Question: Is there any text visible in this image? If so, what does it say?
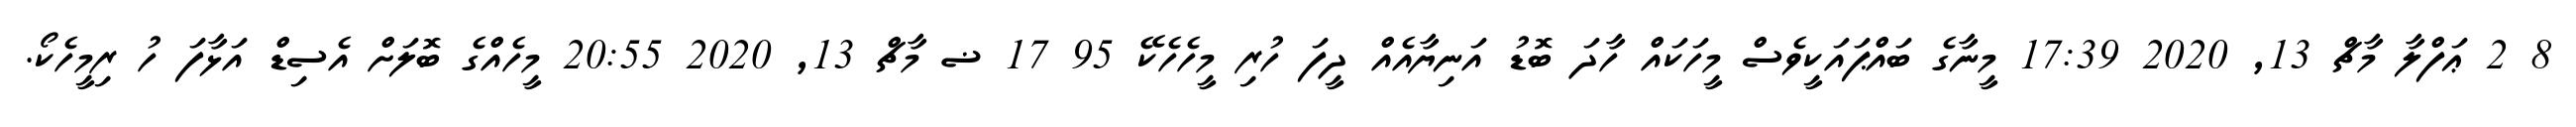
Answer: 8 2 ޢަފްލާ މާޗް 13, 2020 17:39 މީނާގެ ބައްޕައަކީވެސް މީހަކައް ހާދަ ބޮޑު އަނިޔާއެއް ދީފަ ހުރި މީހެހެކޭ 95 17 ޟ މާޗް 13, 2020 20:55 މީހެއްގެ ބޮލަށް އެސިޑް އަޅާފަ ހު ރިމީހެކޯ.